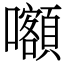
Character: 𡅅